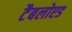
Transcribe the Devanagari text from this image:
टैबलोएड